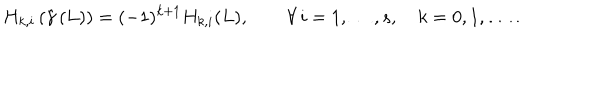
H _ { k , i } \left( { \hat { \gamma } } \left( L \right) \right) = ( - 1 ) ^ { k + 1 } H _ { k , i } ( L ) , \qquad \forall \, i = 1 , \ldots , s , \quad k = 0 , 1 , \ldots \, .